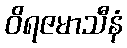
ဝိရဇမာသီနံ